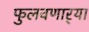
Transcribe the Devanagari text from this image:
फुलवणार्‍या